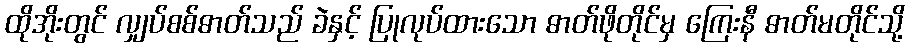
ထိုအိုးတွင် လျှပ်စစ်ဓာတ်သည် ခဲနှင့် ပြုလုပ်ထားသော ဓာတ်ဖိုတိုင်မှ ကြေးနီ ဓာတ်မတိုင်သို့